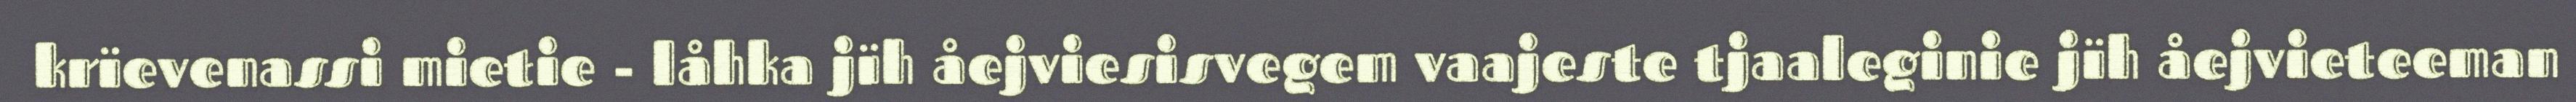
krïevenassi mietie - låhka jïh åejviesisvegem vaajeste tjaaleginie jïh åejvieteeman